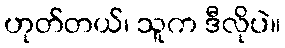
ဟုတ်တယ်၊ သူက ဒီလိုပဲ။